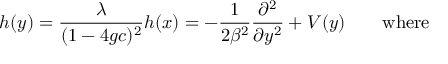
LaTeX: h ( y ) = { \frac { \lambda } { ( 1 - 4 g c ) ^ { 2 } } } h ( x ) = - { \frac { 1 } { 2 \beta ^ { 2 } } } { \frac { \partial ^ { 2 } } { \partial y ^ { 2 } } } + V ( y ) \qquad \mathrm { w h e r e }